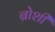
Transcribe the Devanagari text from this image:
ब्रोशी